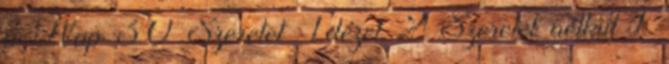
a Nap 30 Szeretet Idézet 2 Szeretet nélkül 1